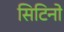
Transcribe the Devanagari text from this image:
सिटिनो